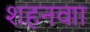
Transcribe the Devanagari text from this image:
शहनवाा